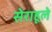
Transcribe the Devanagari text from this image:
सेराहूले